Annual administration and progress report of the Indian Medical Department, Bombay
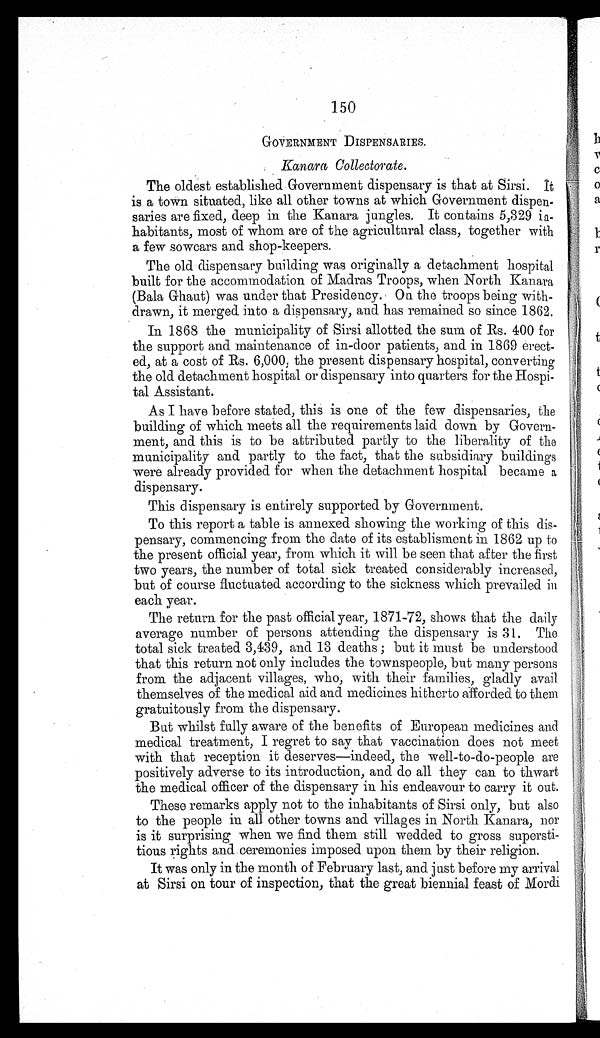
150
GOVERNMENT DISPENSARIES.
Kanara Collectorate.
The oldest established Government dispensary is that at Sirsi.
I t i s
a town situated, like all other towns at which Government dispen-
saries are fixed, deep in the Kanara jungles. It contains 5,329
i n - h a b i t a n t s , m o s t o f w h o m a r e o f t h e a g r i c u l t u r a l c l a s s , t o g e t h e r w i t h
a few sowcars and shop-keepers.
The old dispensary building was originally a detachment hospital
built for the accommodation of Madras Troops, when North Kanara
(Bala Ghaut) was under that Presidency. On the troops being with-
drawn, it merged into a dispensary, and has remained so since 1862.
In 1868 the municipality of Sirsi allotted the sum of Rs. 400 for
the support and maintenance of in-door patients, and in 1869 erect-
ed, at a cost of Rs. 6,000, the present dispensary hospital, converting
the old detachment hospital or dispensary into quarters for the Hospi-
tal Assistant.
As I have before stated, this is one of the few dispensaries, the
building of which meets all the requirements laid down by Govern-
ment, and this is to be attributed partly to the liberality of the
municipality and partly to the fact, that the subsidiary buildings
were already provided for when the detachment hospital became a
dispensary.
This dispensary is entirely supported by Government.
To this report a table is annexed showing the working of this dis-
pensary, commencing from the date of its establisment in 1862 up to
the present official year, from which it will be seen that after the first
two years, the number of total sick treated considerably increased,
but of course fluctuated according to the sickness which prevailed in
each year.
The return for the past official year, 1871-72, shows that the daily
average number of persons attending the dispensary is 31. The
total sick treated 3,439, and 13 deaths ; but it must be understood
that this return not only includes the townspeople, but many persons
from the adjacent villages, who, with their families, gladly avail
themselves of the medical aid and medicines hitherto afforded to them
gratuitously from the dispensary.
But whilst fully aware of the benefits of European medicines and
medical treatment, I regret to say that vaccination does not meet
with that reception it deserves—indeed, the well-to-do-people are
positively adverse to its introduction, and do all they can to thwart
the medical officer of the dispensary in his endeavour to carry it out.
These remarks apply not to the inhabitants of Sirsi only, but also
to the people in all other towns and villages in North Kanara, nor
is it surprising when we find them still wedded to gross supersti-
tious rights and ceremonies imposed upon them by their religion.
It was only in the month of February last, and just before my arrival
at Sirsi on tour of inspection, that the great biennial feast of Mordi